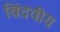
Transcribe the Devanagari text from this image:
बिंदवीय